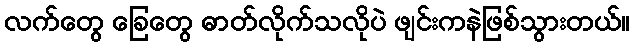
လက်တွေ ခြေတွေ ဓာတ်လိုက်သလိုပဲ ဖျင်းကနဲဖြစ်သွားတယ်။